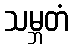
သမ္ဘတံ